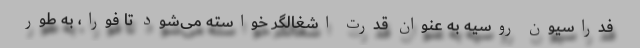
فدراسیون روسیه به عنوان قدرت اشغالگر خواسته می‌شود تا فورا، به طور